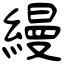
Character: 縵